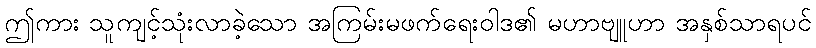
ဤကား သူကျင့်သုံးလာခဲ့သော အကြမ်းမဖက်ရေးဝါဒ၏ မဟာဗျူဟာ အနှစ်သာရပင်